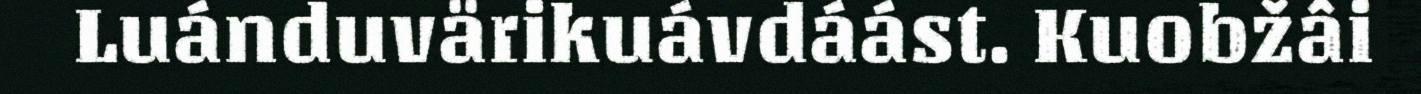
Luánduvärikuávdáást. Kuobžâi